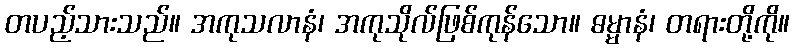
တပည့်သားသည်။ အကုသလာနံ၊ အကုသိုလ်ဖြစ်ကုန်သော။ ဓမ္မာနံ၊ တရားတို့ကို။